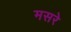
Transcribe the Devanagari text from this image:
मसरे